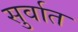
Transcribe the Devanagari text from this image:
सुर्वात